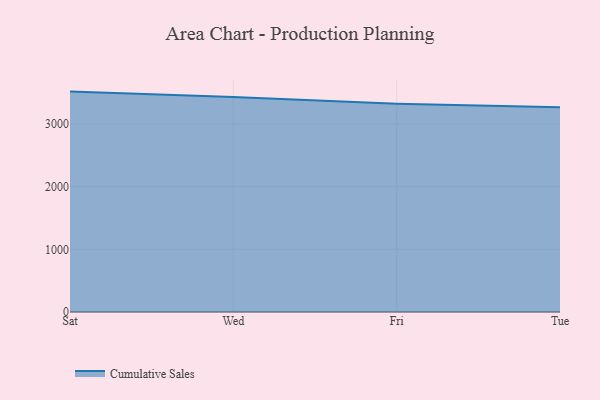
{"axis": {"x": "Day", "y": "Website Visitors"}, "legend": ["Cumulative Sales"], "data": [{"x": "Sat", "y": 3515.4, "type": "Cumulative Sales"}, {"x": "Wed", "y": 3429.0, "type": "Cumulative Sales"}, {"x": "Fri", "y": 3319.9, "type": "Cumulative Sales"}, {"x": "Tue", "y": 3264.8, "type": "Cumulative Sales"}]}